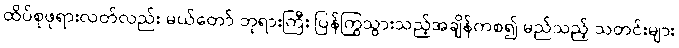
ထိပ်စုဖုရားလတ်လည်း မယ်တော် ဘုရားကြီး ပြန်ကြွသွားသည့်အချိန်ကစ၍ မည်သည့် သတင်းများ